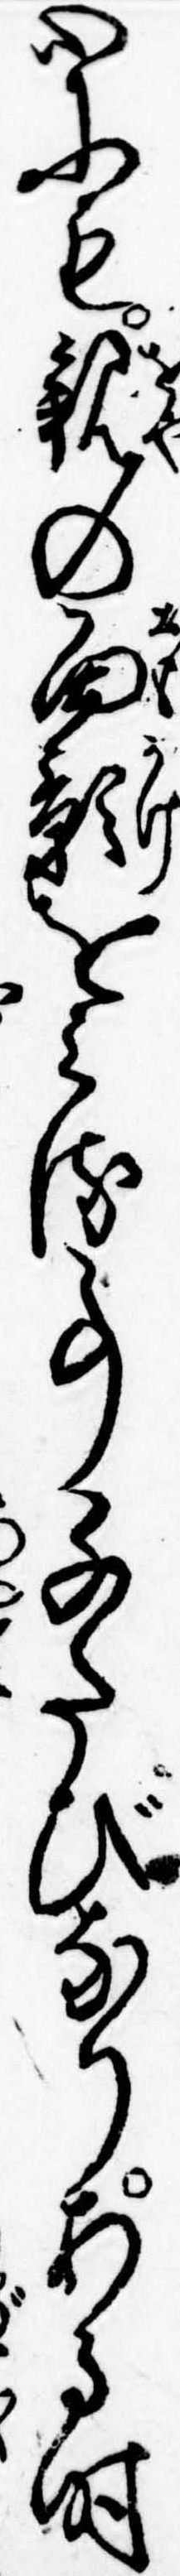
心にも親の面影をみる事千たびなりある時